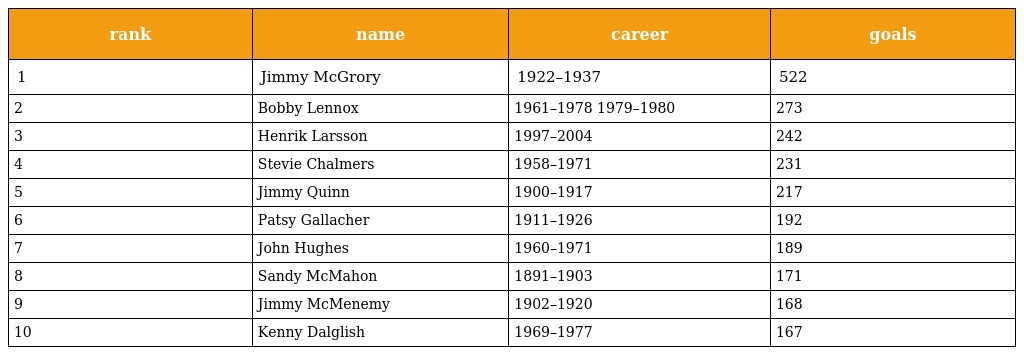
| rank | name | career | goals |
 | --- | --- | --- | --- |
 | 1 | Jimmy McGrory | 1922–1937 | 522 |
 | 2 | Bobby Lennox | 1961–1978 1979–1980 | 273 |
 | 3 | Henrik Larsson | 1997–2004 | 242 |
 | 4 | Stevie Chalmers | 1958–1971 | 231 |
 | 5 | Jimmy Quinn | 1900–1917 | 217 |
 | 6 | Patsy Gallacher | 1911–1926 | 192 |
 | 7 | John Hughes | 1960–1971 | 189 |
 | 8 | Sandy McMahon | 1891–1903 | 171 |
 | 9 | Jimmy McMenemy | 1902–1920 | 168 |
 | 10 | Kenny Dalglish | 1969–1977 | 167 |